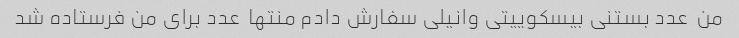
من  عدد بستنی بیسکوییتی وانیلی سفارش دادم منتها  عدد برای من فرستاده شد